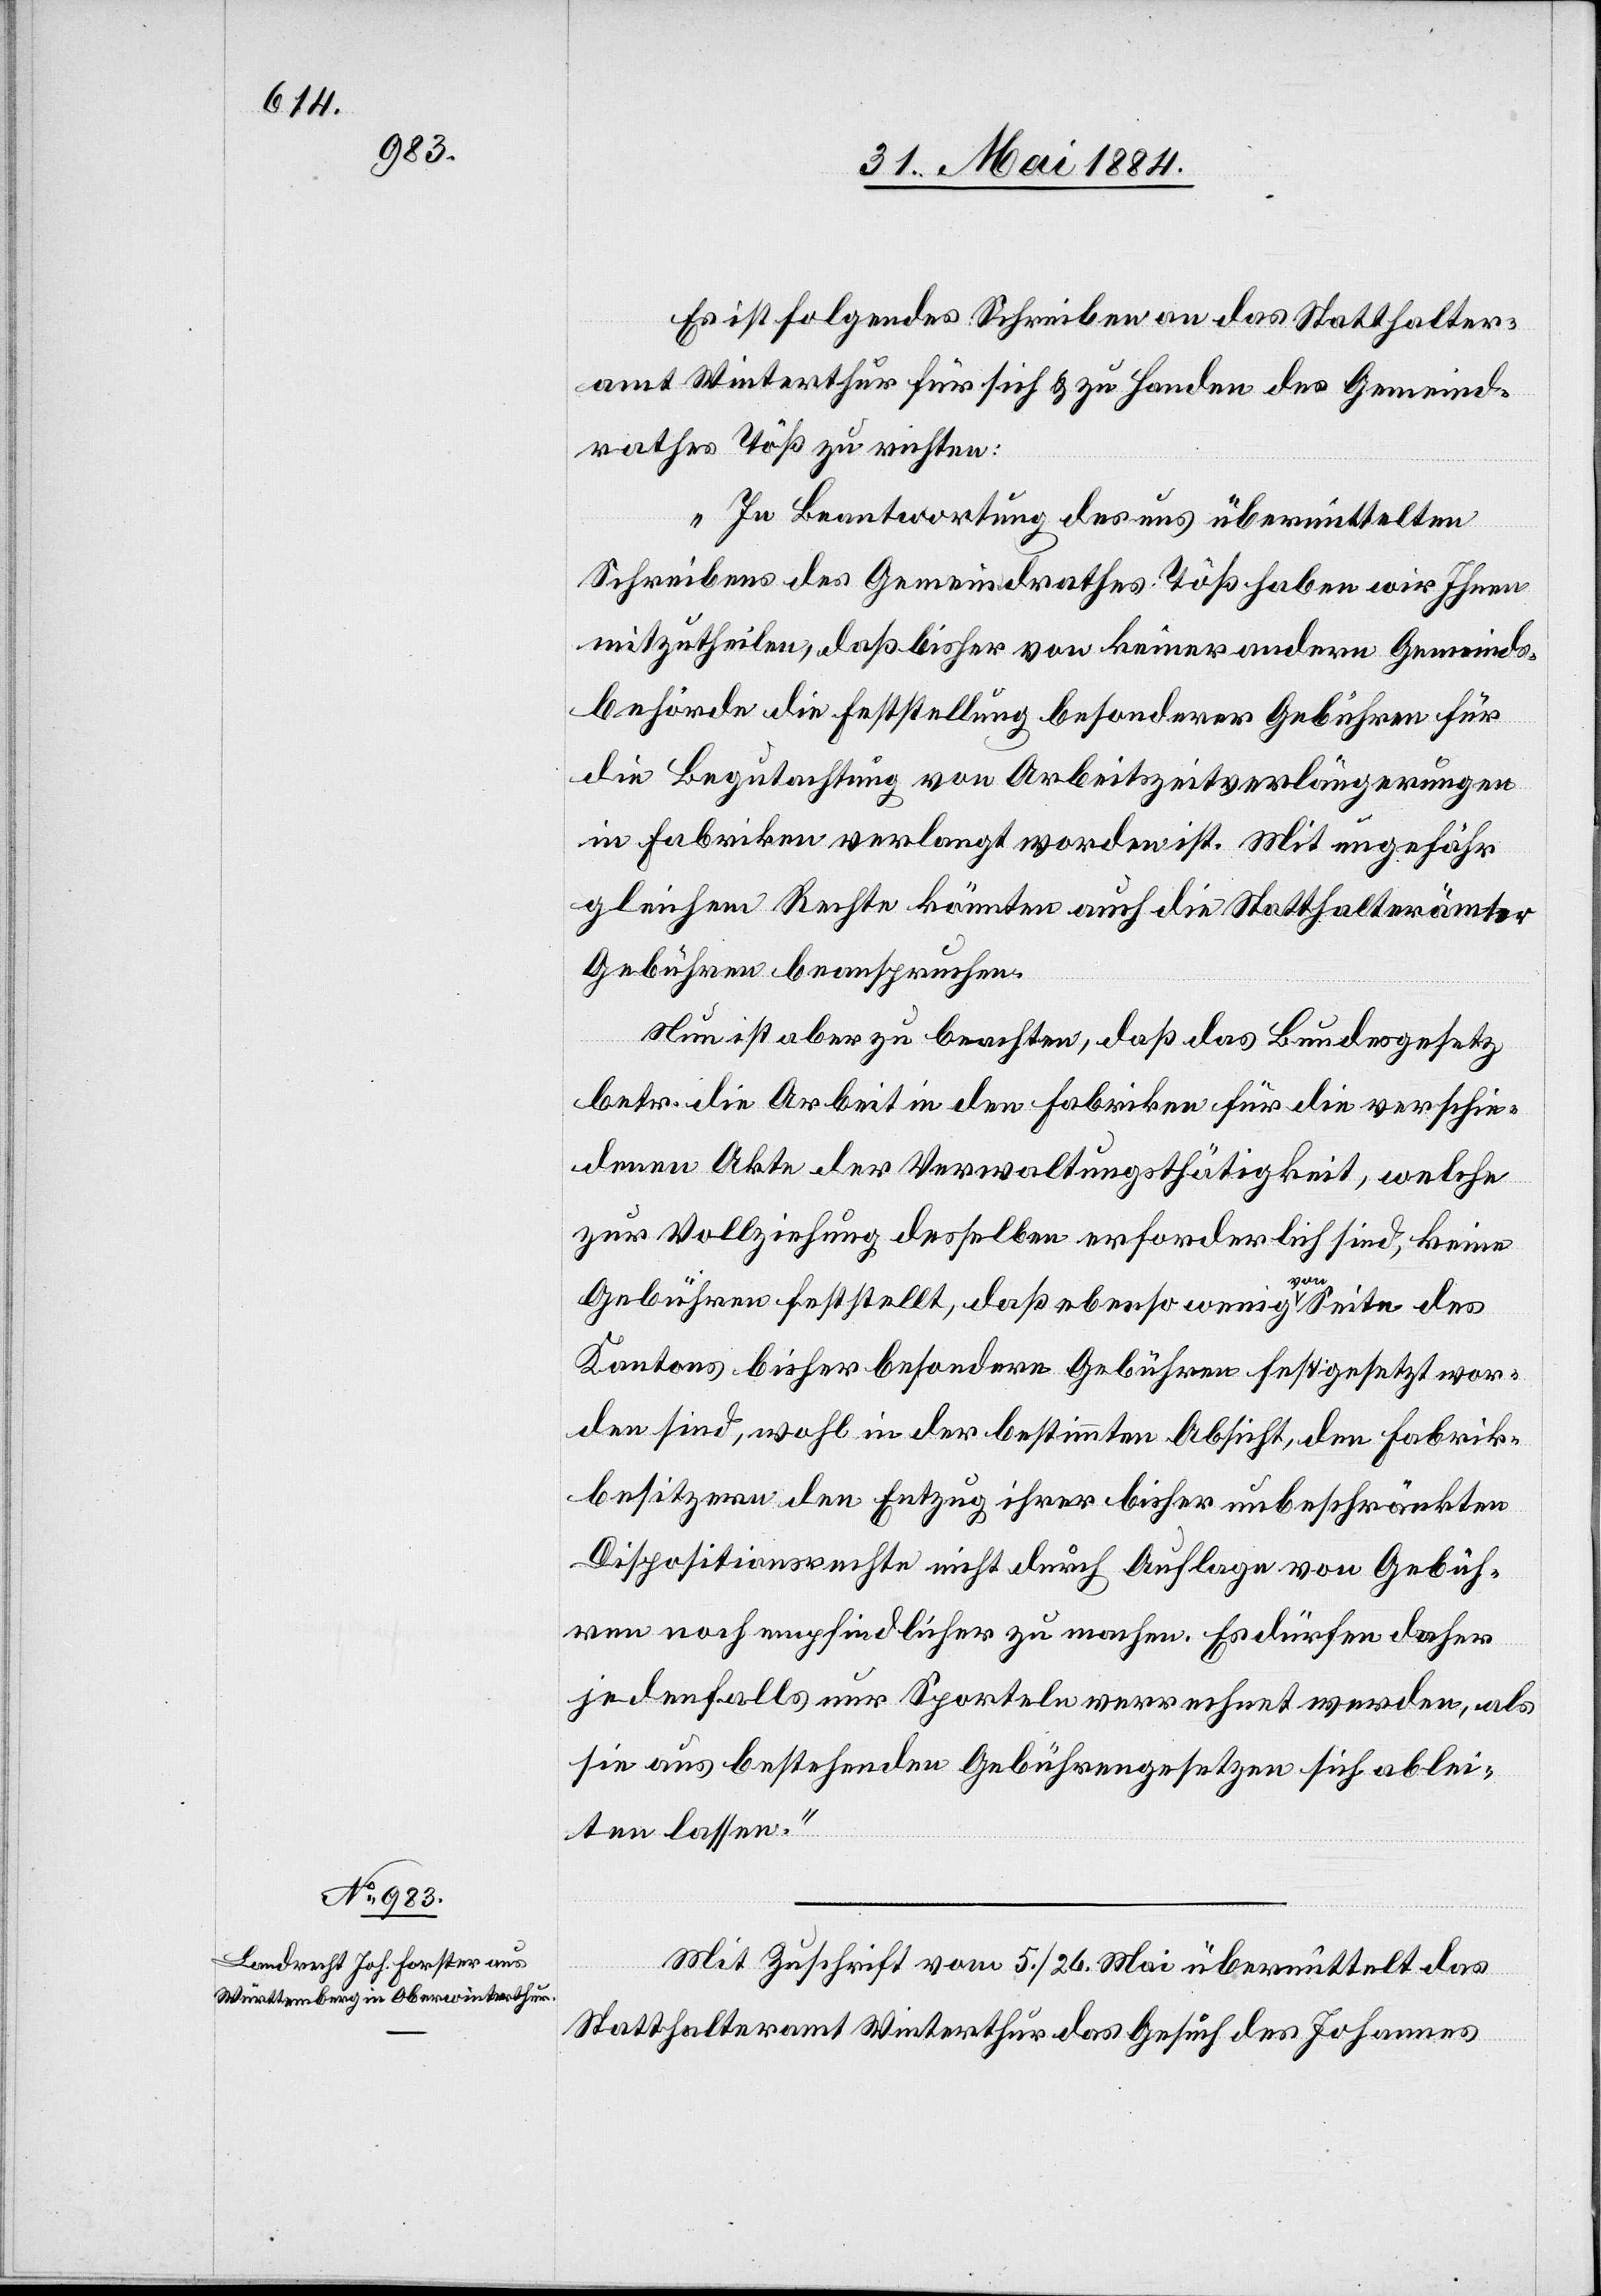
Es ist folgendes Schreiben an das Statthalter¬
amt Winterthur für sich & zu Handen des Gemeind¬
rathes Töß zu richten:
„In Beantwortung des uns übermittelten
Schreibens des Gemeindrathes Töß haben wir Ihnen
mitzutheilen, daß bisher von keiner andern Gemeinde¬
behörde die Feststellung besonderer Gebühren für
die Begutachtung von Arbeitszeitverlängerungen
in Fabriken verlangt worden ist. Mit ungefähr
gleichem Rechte könnten auch die Statthalterämter
Gebühren beanspruchen.
Nun ist aber zu beachten, daß das Bundesgesetz
betr. die Arbeit in den Fabriken für die verschie¬
denen Akte der Verwaltungstätigkeit, welche
zur Vollziehung derselben erforderlich sind, keine
Gebühren feststellt, daß ebenso wenig von Seite des
Kantons bisher besondere Gebühren festgesetzt wor¬
den sind, wohl in der bestimmten Absicht den Fabrik¬
besitzern den Entzug ihrer bisher unbeschränkten
Dispositionsrechte nicht durch Auflagen von Gebüh¬
ren noch empfindlicher zu machen. Es dürfen daher
jedenfalls nur Sporteln verrechnet werden, als
sie aus bestehenden Gebührengesetzen sich ablei¬
ten lassen.“
Mit Zuschrift vom 5. / 26. Mai übermittelt das
Statthalteramt Winterthur das Gesuch des Johannes